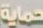
حماية